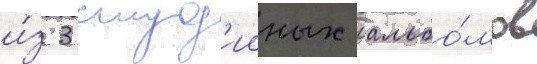
и́з 3 студ'ииных альбо́мов